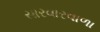
સારવારવાળા